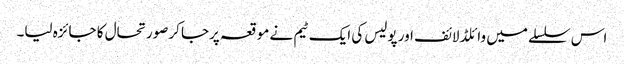
اس سلسلے میں وائلڈ لائف اور پولیس کی ایک ٹیم نے موقعہ پرجا کرصورتحال کا جائزہ لیا۔